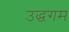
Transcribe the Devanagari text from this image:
उद्धगम